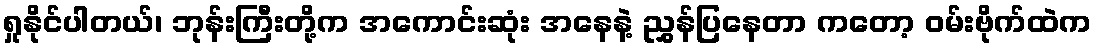
ရှုနိုင်ပါတယ်၊ ဘုန်းကြီးတို့က အကောင်းဆုံး အနေနဲ့ ညွှန်ပြနေတာ ကတော့ ဝမ်းဗိုက်ထဲက